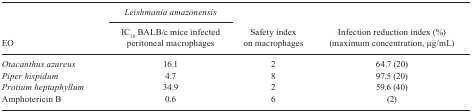
|  | Leishmania amazonensis |  |  |
 | EO | IC50 BALB/c mice infected peritonealmacrophages | Safety index on macrophages | Infection reduction index (%) (maximumconcentration, μg/mL) |
 | --- | --- | --- | --- |
 | Otacanthus azureus | 16.1 | 2 | 64.7 (20) |
 | Piper hispidum | 4.7 | 8 | 97.5 (20) |
 | Protium heptaphyllum | 34.9 | 2 | 59.6 (40) |
 | Amphotericin B | 0.6 | 6 | (2) |